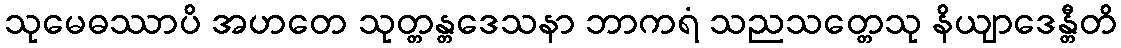
သုမေဓဿာပိ အဟတေ သုတ္တန္တဒေသနာ ဘာကရံ သညသတ္တေသု နိယျာဒေန္တီတိ